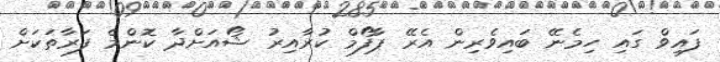
ފައިވް ގައި ހިމެނޭ ބައިވެރިން އެރޭ ޕާފޯމް ކުރާއިރު ޝޯއަށްދާ ކޮންމެ ފަރާތަކަށް